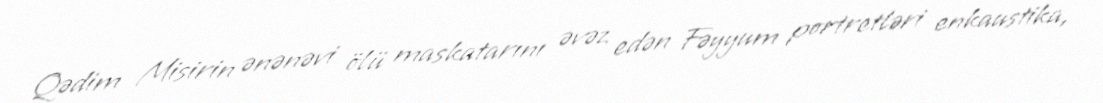
Qədim Misirin ənənəvi ölü maskatarını əvəz edən Fəyyum portretləri enkaustika,